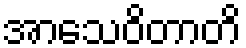
အာသေဝိတာတိ